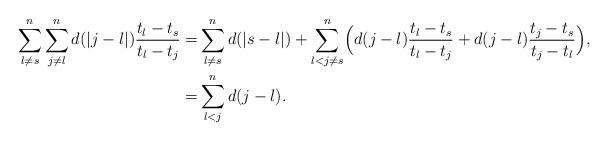
LaTeX: \begin{align*}\sum\limits_{l\neq s}^{n}\sum\limits_{j\neq l}^n d(|j-l|) \frac{t_l-t_s}{t_l-t_j} = & \sum\limits_{l\neq s}^{n} d(|s-l|) + \sum\limits_{l<j\neq s}^{n} \Bigl( d(j-l) \frac{t_l-t_s}{t_l-t_j} + d(j-l) \frac{t_j-t_s}{t_j-t_l}\Bigr), \\= & \sum\limits_{l<j}^{n} d(j-l).\end{align*}